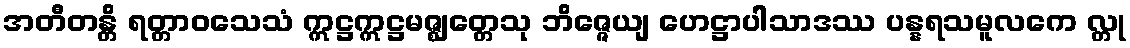
အတီတန္တိ ရတ္တာဝသေသံ ဣဋ္ဌဣဋ္ဌမဇ္ဈတ္တေသု ဘိဇ္ဇေယျ ဟေဋ္ဌာပါသာဒဿ ပန္နရသမူလကေ လ္တု